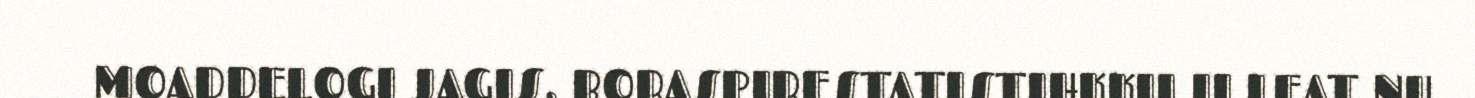
MOADDELOGI JAGIS. BORASPIRESTATISTIHKKII II LEAT NU